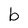
Character: b